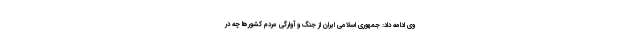
وی ادامه داد: جمهوری اسلامی ایران از جنگ و آوارگی مردم کشورها چه در